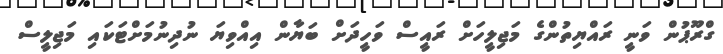
ގްރޫޕުން ވަނީ ރައްޔިތުންގެ މަޖިލީހަށް ރައީސް ވަހީދަށް ބަޔާން އިއްވިޔަ ނުދިނުމަށްޓަކައި މަޖިލީސް